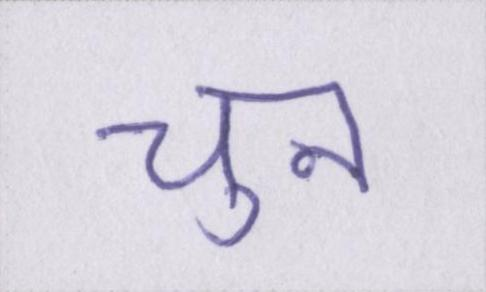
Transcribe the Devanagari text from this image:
चुन